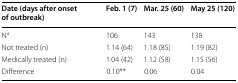
| Date (days after onset of outbreak) | Feb. 1 (7) | Mar. 25 (60) | May 25 (120) |
 | --- | --- | --- | --- |
 | Na | 106 | 143 | 138 |
 | Not treated (n) | 1.14 (64) | 1.18 (85) | 1.19 (82) |
 | Medically treated (n) | 1.04 (42) | 1.12 (58) | 1.15 (56) |
 | Difference | 0.10** | 0.06 | 0.04 |